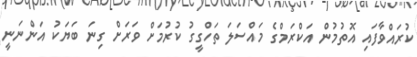
ކުރައްވާފައި އޮތުމުން އަކްރަމްގެ މައްސަލަ ތަހްގީގު ކުރުމަށް ވަރަށް ގިނަ ބަޔަކު އަންނަނީ